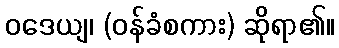
ဝဒေယျ၊ (ဝန်ခံစကား) ဆိုရာ၏။